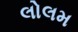
લોલમ